Lunatic asylums Madras 1892-1911 - 1892-1911
Year: 1892
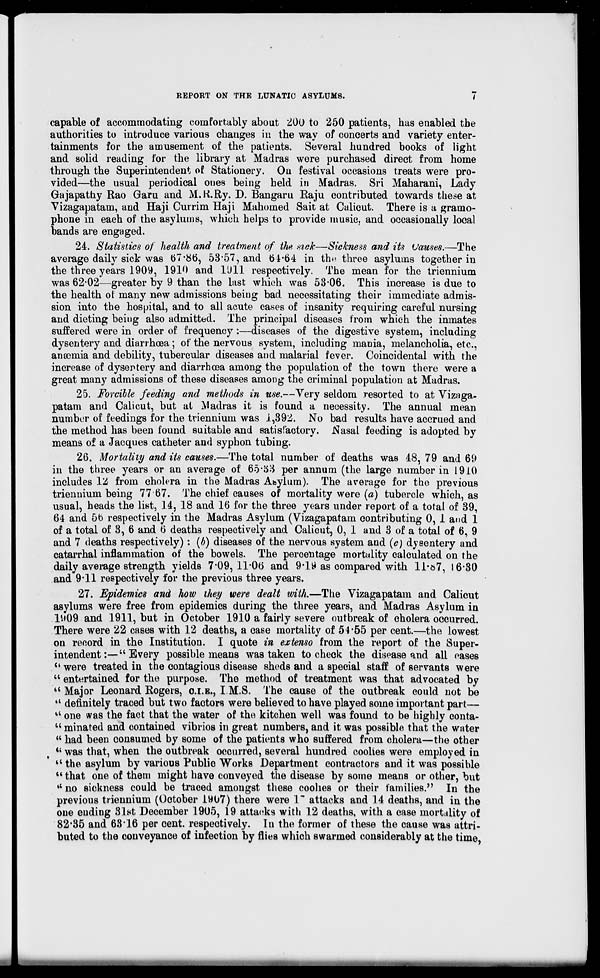
REPORT ON THE LUNATIC ASYLUMS.
capable of accommodating comfortably about 200 to 250 patients, has enabled the
authorities to introduce various changes in the way of concerts and variety enter-
tainments for the amusement of the patients. Several hundred books of light
and solid reading for the library at Madras were purchased direct from home
through the Superintendent of Stationery. On festival occasions treats were pro-
vided—the usual periodical ones being held in Madras. Sri Maharani, Lady
Gajapathy Rao Garu and M.K.Ry. D. Bangaru Raju contributed towards these at
Vizagapatatn, and Haji Currim Haji Mahomed Sait at Calicut. There is a gramo-
phone in each of the asylums, which helps to provide music, and occasionally local
bands are engaged.
24. Statistics of health and treatment of the nick—Sickness and its Vauses.—The
average daily sick was 67*80', 53*57, and bi*64 in th« three asylums together in
the three years 1909, 1910 and 1U11 respectively. The mean for the triennium
was 62*02—greater by 9 than the last which was 53*06. This increase is due to
the health of many new admissions being bad necessitating their immediate admis-
sion into the hospital, and to all acute cases of insanity requiring careful nursing
and dieting being also admitted. The principal diseases from which the inmates
suffered were in order of frequency :—diseases of the digestive system, including
dysentery and diarrhoea; of the nervous system, including mania, melancholia, etc.,
anaemia and debility, tubercular diseases and malarial fever. Coincidental with the
increase of dysentery and diarrhoea among the population of the town there were a
great many admissions of these diseases among the criminal population at Madras.
25. Forcible feeding and methods in use.—Very seldom resorted to at Vizaga-
patam and Calicut, but at Madras it is found a necessity. The annual mean
number of feedings for the triennium was j.,392. No bad results have accrued and
the method has been found suitable and satisfactory. Nasal feeding is adopted by
means of a Jacques catheter and syphon tubing.
26. Mortality and its causes.—The total number of deaths was 48, 79 and 69
in the three years or an average of 65*53 per annum (the large number in 1910
includes 12 from cholera in the Madras Abylum). The average for the previous
triennium being 77 67. The chief causes of mortality were (a) tubercle which, as
usual, heads the list, 14, 18 and 16 for the three years under report of a total of 39,
64 and 5b respectively in the Madras Asylum (Vizagapatam contributing 0, 1 and 1
of a total of 3, 6 and 6 deaths respectively and Calicut, 0, 1 and 3 of a total of 6, 9
and 7 deaths respectively) : (6) diseases of the nervous system and (c) dysentery and
catarrhal inflammation of the bowels. The percentage mortality calculated on the
daily average strength yields 7*09, ll*0b* and 9*lii as compared with 11-67, 16*30
and 9*11 respectively for the previous three years.
27. Epidemics and how they were dealt with.—The Vizagapatam and Calicut
asvlums were free from epidemics during the three years, and Madras Asylum in
1M09 and 1911, but in October 1910 a fairly severe outbreak of cholera occurred.
There were 22 cases with 12 deaths, a case mortality of 54*55 per cent.—the lowest
on record in the Institution. I quote in extenso from the report of the Super-
intendent :—"Every possible means was taken to check the disease and all eases
" were treated in the contagious disease sheds and a special staff of servants were
" entertained for the purpose. The method of treatment was that advocated by
u Major Leonard Rogers, O.I.E., I M.S. The cause of the outbreak could not be
44 definitely traced but two factors were believed to have played some important part—
u one was the fact that the water of the kitchen well was found to be highly conta-
u minated and contained vibrios in great numbers, and it was possible that the water
" had been consumed by some of the patients who suffered from cholera—the other
44 was that, when the outbreak occurred, several hundred coolies were employed in
44 the asylum by various Public Works Department contractors and it was possible
"that one of them might have conveyed the disease by some means or other, but
44 no sickness could be traced amongst these coolies or their families." In the
previous trieunium (October 1907) there were 1' attacks and 14 deaths, and in the
one euding 31st December 1905, 19 attacks with 12 deaths, with a case mortality of
82*35 and 63 16 per cent, respectively. In the former of these the cause was attri-
buted to the conveyance of infection by flies which swarmed considerably at the time